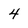
Character: 4